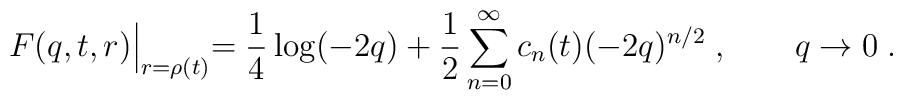
F(q,t,r)\Bigl |_{r=\rho (t)}=\frac{1}{4}\log(-2q)+\frac{1}{2}\sum^\infty_{n=0}c_n(t)(-2q)^{n/2}\; , \qquad q\to 0\; .